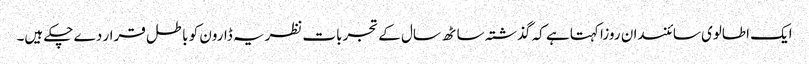
ایک اطالوی سائنسدان روزا کہتا ہے کہ گذشتہ ساٹھ سال کے تجربات نظریہ ڈارون کو باطل قرار دے چکے ہیں۔